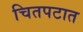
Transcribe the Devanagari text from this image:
चितपटात